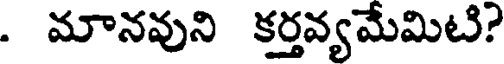
. మానవుని కర్తవ్యమేమిటి?